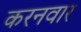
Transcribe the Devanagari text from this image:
करनवार